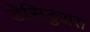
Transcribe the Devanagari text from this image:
डेसिडुअस